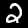
Digit: 2